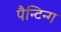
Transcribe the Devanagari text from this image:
पैन्टिन्ग